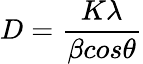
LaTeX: D=\frac{K\lambda}{\beta cos\theta}